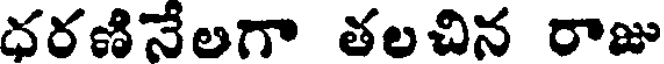
ధరణినేలగా తలచిన రాజు